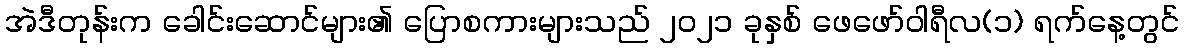
အဲဒီတုန်းက ခေါင်းဆောင်များ၏ ပြောစကားများသည် ၂၀၂၁ ခုနှစ် ဖေဖော်ဝါရီလ(၁) ရက်နေ့တွင်